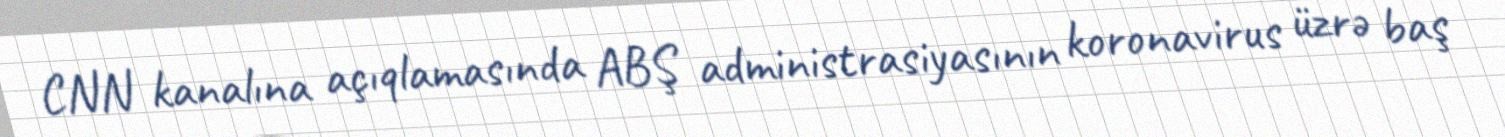
CNN kanalına açıqlamasında ABŞ administrasiyasının koronavirus üzrə baş